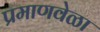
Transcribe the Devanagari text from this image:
प्रमाणवेळा